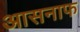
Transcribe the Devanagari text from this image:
आसनाफ